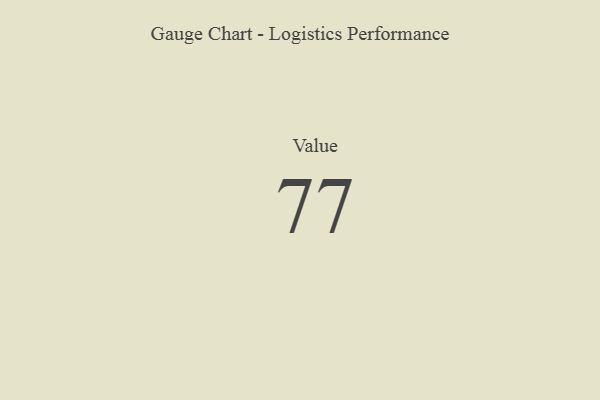
{"axis": {"x": "Metric", "y": "Value"}, "legend": [""], "data": [{"x": "Value", "y": 77, "type": ""}]}